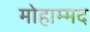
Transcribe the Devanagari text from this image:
मोहाम्मद